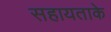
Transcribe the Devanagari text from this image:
सहायताके